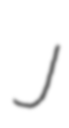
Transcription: J